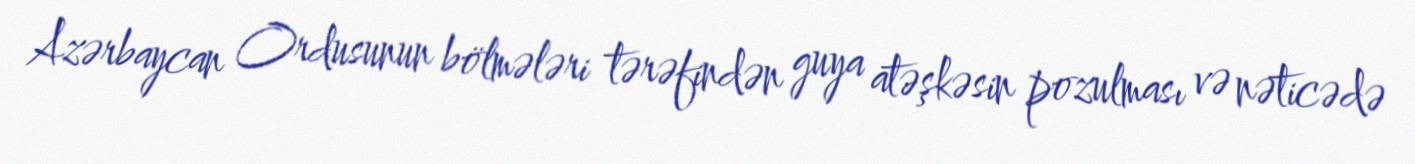
Azərbaycan Ordusunun bölmələri tərəfindən guya atəşkəsin pozulması və nəticədə